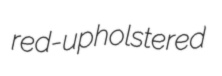
red-upholstered